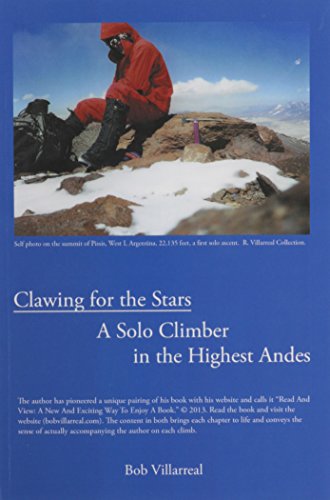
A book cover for Clawing for the Stars: A Solo Climber in the Highest Andes; Bob Villarreal; Travel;